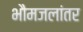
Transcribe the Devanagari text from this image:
भौमजलांतर